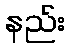
နည်း